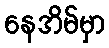
နေအိမ်မှာ